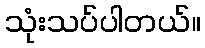
သုံးသပ်ပါတယ်။